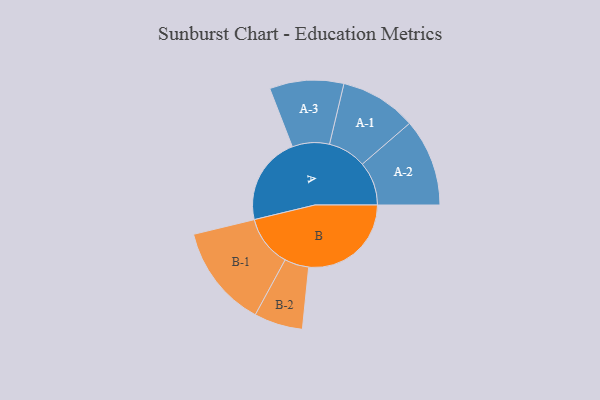
{"axis": {"x": "Segment", "y": "Value"}, "legend": ["", "A", "B"], "data": [{"x": "A", "y": 373, "type": ""}, {"x": "B", "y": 434, "type": ""}, {"x": "A-1", "y": 162, "type": "A"}, {"x": "A-2", "y": 185, "type": "A"}, {"x": "A-3", "y": 157, "type": "A"}, {"x": "B-1", "y": 217, "type": "B"}, {"x": "B-2", "y": 103, "type": "B"}]}